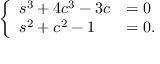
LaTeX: \left\{ \begin{array} { l l } { s ^ { 3 } + 4 c ^ { 3 } - 3 c } & { = 0 } \\ { s ^ { 2 } + c ^ { 2 } - 1 } & { = 0 . } \end{array} \right.